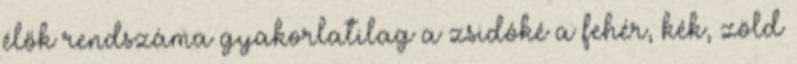
élők rendszáma gyakorlatilag a zsidóké a fehér, kék, zöld